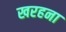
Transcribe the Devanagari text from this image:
खरहना